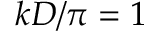
k D / \pi = 1